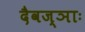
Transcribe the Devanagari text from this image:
दैवज्ञाः